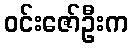
ဝင်းဇော်ဦးက